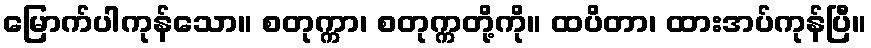
မြောက်ပါကုန်သော။ စတုက္ကာ၊ စတုက္ကတို့ကို။ ထပိတာ၊ ထားအပ်ကုန်ပြီ။